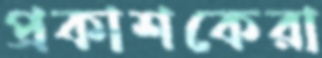
প্রকাশকেরা